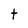
Character: t